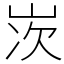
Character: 𡷑